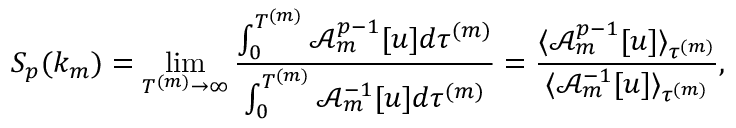
S _ { p } ( k _ { m } ) = \operatorname* { l i m } _ { T ^ { ( m ) } \to \infty } \frac { \int _ { 0 } ^ { T ^ { ( m ) } } \mathcal { A } _ { m } ^ { p - 1 } [ u ] d \tau ^ { ( m ) } } { \int _ { 0 } ^ { T ^ { ( m ) } } \mathcal { A } _ { m } ^ { - 1 } [ u ] d \tau ^ { ( m ) } } = \frac { \langle \mathcal { A } _ { m } ^ { p - 1 } [ u ] \rangle _ { \tau ^ { ( m ) } } } { \langle \mathcal { A } _ { m } ^ { - 1 } [ u ] \rangle _ { \tau ^ { ( m ) } } } ,